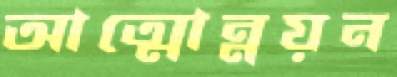
আত্মোন্নয়ন